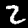
Digit: 2